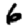
Digit: 6